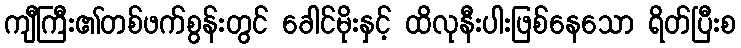
ကျီကြီး၏တစ်ဖက်စွန်းတွင် ခေါင်မိုးနှင့် ထိလုနီးပါးဖြစ်နေသော ရိတ်ပြီးစ